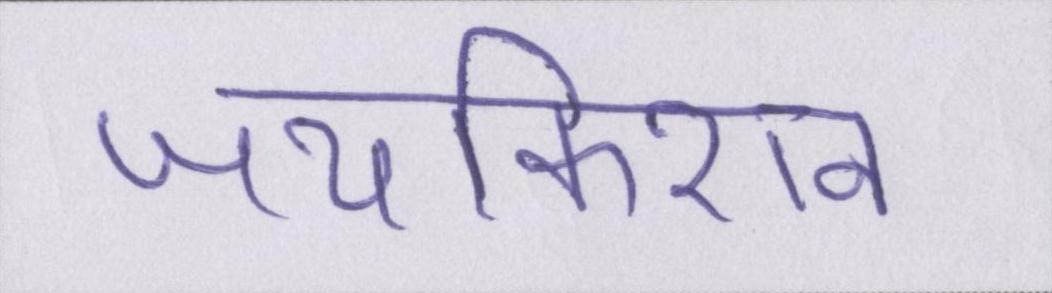
जयकिशन